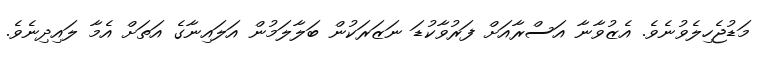
މަޑުޖެހިލެވުނެވެ. އެޒުވާނާ އަސްރާއަށް ފަރުވާކުޑަ ނަޒަރަކުން ބަލާލަމުން އަލައިނާގެ އަތަށް އެމާ ލައިދިނެވެ.